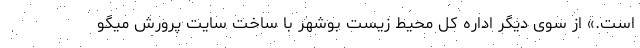
است.» از سوی دیگر اداره کل محیط زیست بوشهر با ساخت سایت پرورش میگو